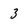
Character: 3